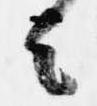
者